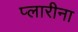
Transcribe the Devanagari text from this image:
प्लारीना